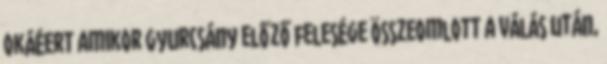
okáéert amikor Gyurcsány előző felesége összeomlott a válás után,